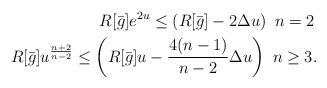
LaTeX: \begin{align*} R[\bar{g}]e^{2u} \le \left( R[\bar{g}] - 2 \Delta u \right) \, \, n=2 \, \\R[\bar{g}] u^{\frac{n+2}{n-2}} \le \left( R[\bar{g}] u - \frac{4(n-1)}{n-2} \Delta u \right) \, \, n\ge3. \end{align*}